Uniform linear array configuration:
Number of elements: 64
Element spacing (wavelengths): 1
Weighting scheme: blackman
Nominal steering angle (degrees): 15
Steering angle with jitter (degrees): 13.428
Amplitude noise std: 0.05
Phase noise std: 0.05

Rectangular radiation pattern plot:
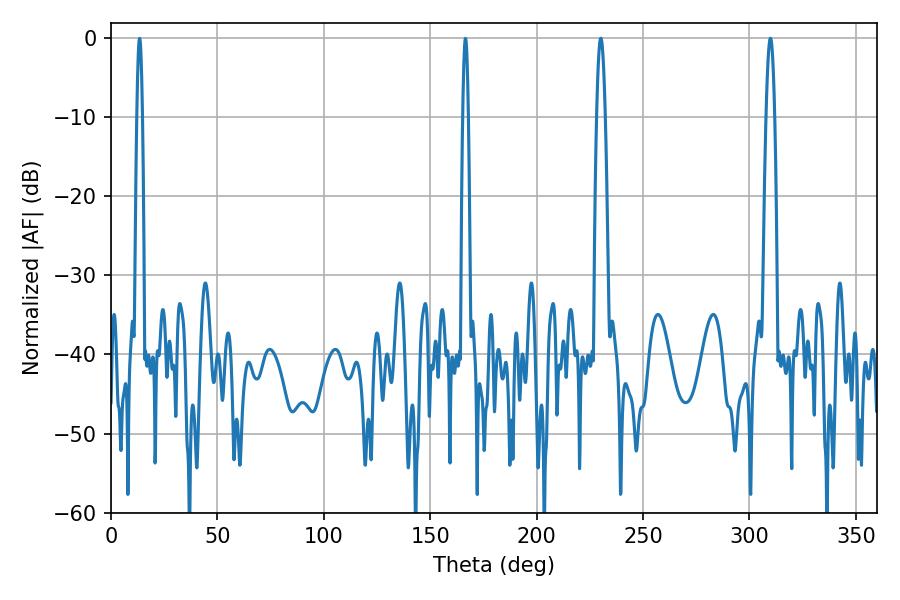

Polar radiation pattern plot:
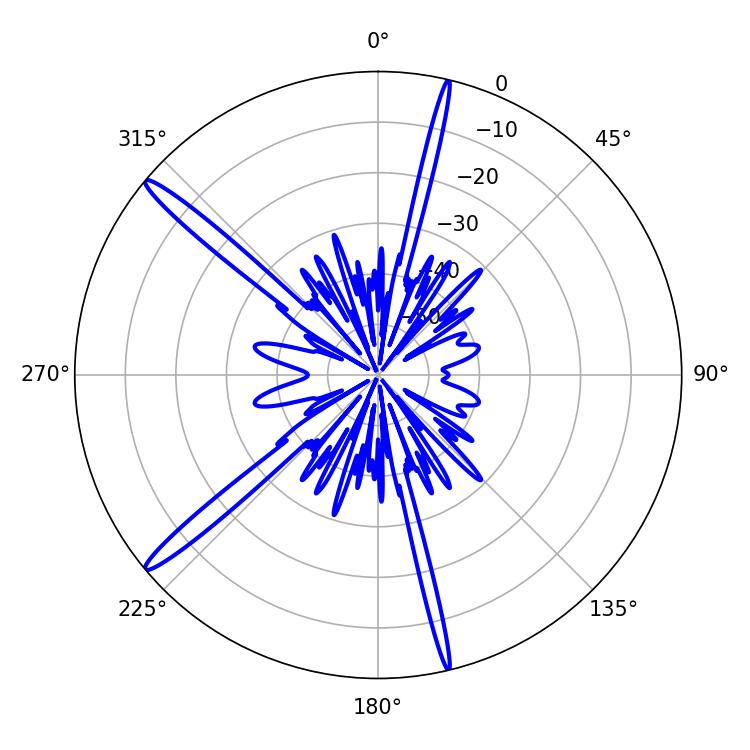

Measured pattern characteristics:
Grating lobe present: TRUE
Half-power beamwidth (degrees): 2.16
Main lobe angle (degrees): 309.78